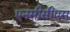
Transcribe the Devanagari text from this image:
एनसीसीएस